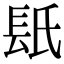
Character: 𨱡